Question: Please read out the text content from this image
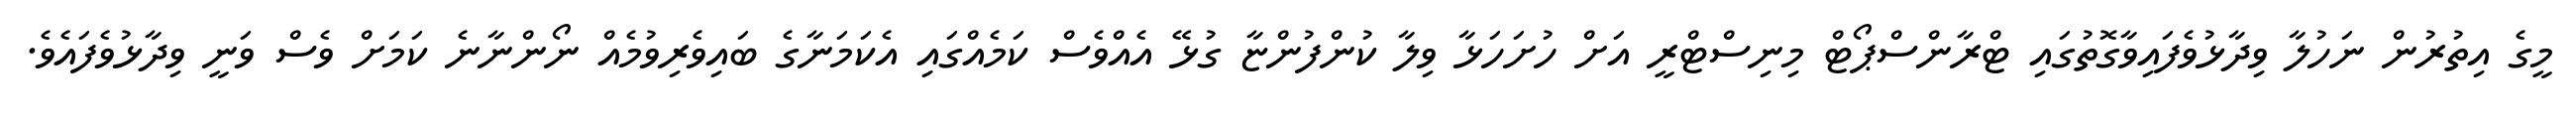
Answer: މީގެ އިތުރުން ނަހުލާ ވިދާޅުވެފައިވާގޮތުގައި ޓްރާންސްޕޯޓް މިނިސްޓްރީ އަށް ހުށަހަޅާ ވިލާ ކުންފުންޏާ ގުޅޭ އެއްވެސް ކަމެއްގައި އެކަމަނާގެ ބައިވެރިވުމެއް ނޯންނާނެ ކަމަށް ވެސް ވަނީ ވިދާޅުވެފައެވެ.